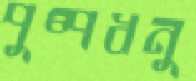
পুষ্পধনু